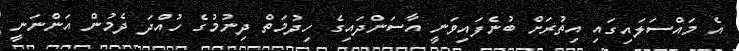
އެ މައްސަލައިގައި އިތުރަށް ބުނެފައިވަނީ އާސަންދައިގެ ހިދުމަތް ދިނުމުގެ ހުއްދަ ދެމުން އަންނަނީ